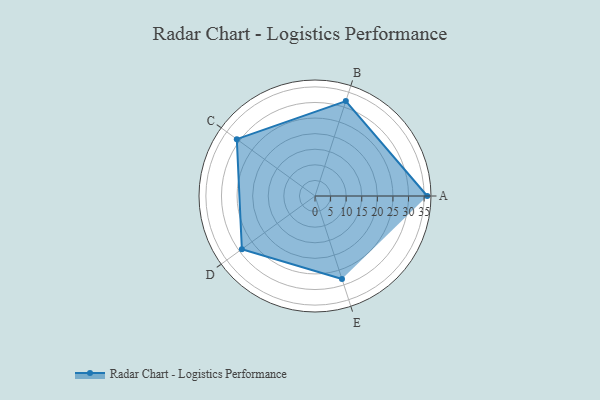
{"axis": {"x": "Skill", "y": "Score"}, "legend": ["Profile"], "data": [{"x": "A", "y": 36.0, "type": "Profile"}, {"x": "B", "y": 32.0, "type": "Profile"}, {"x": "C", "y": 31.0, "type": "Profile"}, {"x": "D", "y": 29.0, "type": "Profile"}, {"x": "E", "y": 28.0, "type": "Profile"}]}